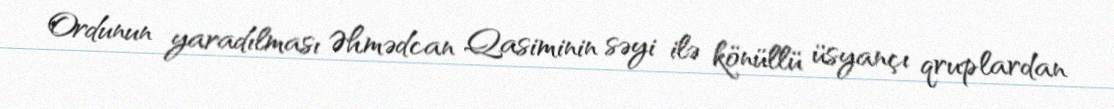
Ordunun yaradılması Əhmədcan Qasiminin səyi ilə könüllü üsyançı qruplardan